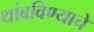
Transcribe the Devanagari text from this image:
थांबविण्याचे